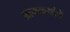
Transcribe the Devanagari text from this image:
आफळ्यांचे